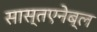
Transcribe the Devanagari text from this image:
सास्तएनेब्ल